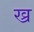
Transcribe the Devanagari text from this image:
ख्र